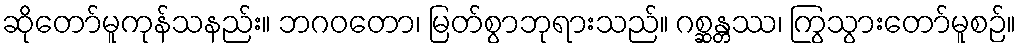
ဆိုတော်မူကုန်သနည်း။ ဘဂဝတော၊ မြတ်စွာဘုရားသည်။ ဂစ္ဆန္တဿ၊ ကြွသွားတော်မူစဉ်။